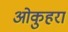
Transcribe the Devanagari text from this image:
ओकुहरा